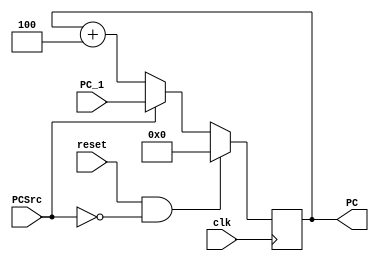
`timescale 1ns / 1ps
//////////////////////////////////////////////////////////////////////////////////
// Company: 
// Engineer: 
// 
// Design Name: 
// Module Name: PC_adder_block
// Project Name: 
// Target Devices: 
// Tool Versions: 
// Description: 
// 
// Dependencies: 
// 
// Revision:
// Revision 0.01 - File Created
// Additional Comments:
// 
//////////////////////////////////////////////////////////////////////////////////


module PC_adder_block(
input clk,reset,PCSrc,
input[31:0] PC_1,
output reg [31:0] PC
    );
    
    
//    ,posedge PCSrc
    
always@(posedge clk)
    begin
    if(reset==1&&PCSrc==0)
    PC<=0;
    else if(PCSrc==1)
    PC<=PC_1;
    else
    PC<=PC+4;
    end
endmodule